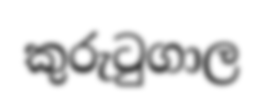
කුරුටුගාල